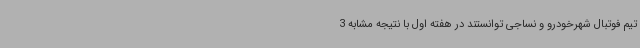
تیم فوتبال شهرخودرو و نساجی توانستند در هفته اول با نتیجه مشابه 3